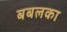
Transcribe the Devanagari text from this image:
बबलका